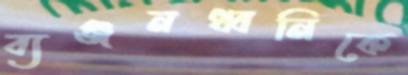
ব্যঞ্জনধ্বনিকে